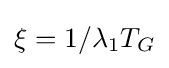
\xi =1/\lambda _{1}T_{G}